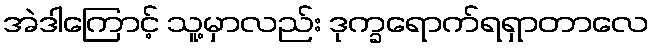
အဲဒါကြောင့် သူ့မှာလည်း ဒုက္ခရောက်ရရှာတာလေ